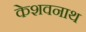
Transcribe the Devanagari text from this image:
केशवनाथ